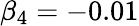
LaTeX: \beta_{4}=-0.01